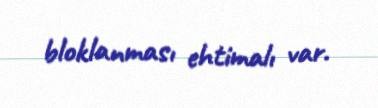
bloklanması ehtimalı var.